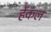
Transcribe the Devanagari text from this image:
हेंकल